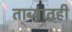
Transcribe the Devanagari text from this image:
ताब्यातही